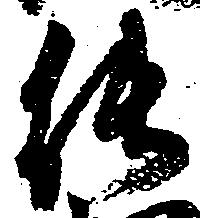
能